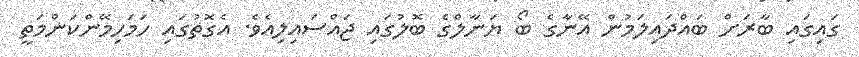
ގައިގައި ބާރަށް ބައްދައިލަމުން އޭނާގެ ބޯ ޔަނާލްގެ ބޮލުގައި ޖައްސައިލިއެވެ. އެގޮތުގައި ހަމަހިމޭންކަންމަތީ